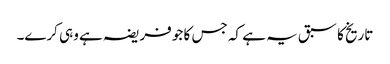
تاریخ کا سبق یہ ہے کہ جس کا جو فریضہ ہے وہی کرے۔